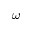
\omega